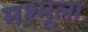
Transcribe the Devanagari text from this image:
मश्मूला